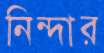
নিন্দার